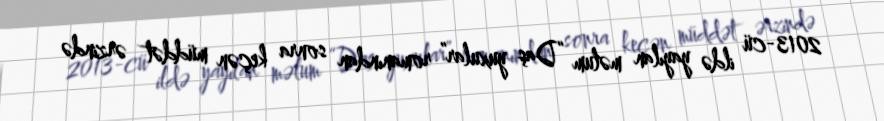
2013-cü ildə yayılan məlum “Daş yuxular” romanından sonra keçən müddət ərzində